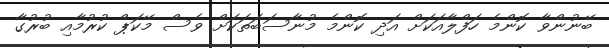
ބޭނުންވާ ކޮންމެ ހަފްލާއަކަށް އަދި ކޮންމެ މުނާސަބަތަކަށް ވެސް މޭކަޕް ކުރުމާއި ބުރުގާ